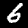
Label: 6